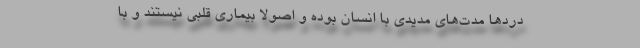
دردها مدت‌های مدیدی با انسان بوده و اصولا بیماری قلبی نیستند و با